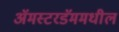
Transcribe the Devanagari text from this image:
अॅमस्टरडॅममधील